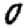
Digit: 0